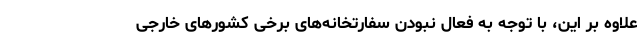
علاوه بر این، با توجه به فعال نبودن سفارتخانه‌های برخی کشورهای خارجی